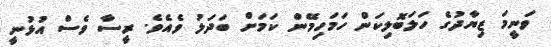
ވަނީމަ ޒިޔާދުގެ ހަލަބޮލިކަން ހަމަހިމޭން ކަމަށް ބަދަލު ވެއެވެ. ރީސާ ވެސް އުޅުނީ